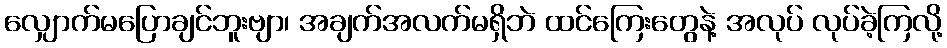
လျှောက်မပြောချင်ဘူးဗျာ၊ အချက်အလက်မရှိဘဲ ထင်ကြေးတွေနဲ့ အလုပ် လုပ်ခဲ့ကြလို့